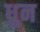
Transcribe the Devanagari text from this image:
ध्रुन